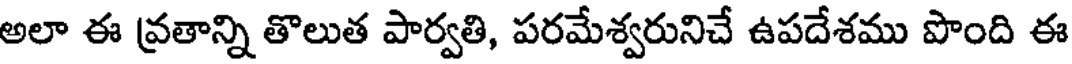
అలా ఈ వ్రతాన్ని తొలుత పార్వతి, పరమేశ్వరునిచే ఉపదేశము పొంది ఈ